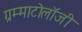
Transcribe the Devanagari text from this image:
ग्रम्माटोलॉजी